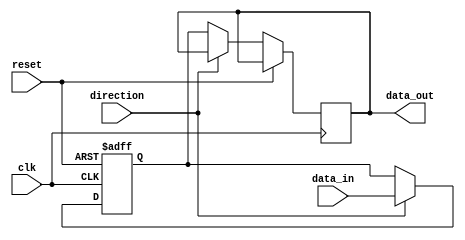
module bidirectional_buffer (
    input wire clk,
    input wire reset,
    input wire direction,
    input wire [7:0] data_in,
    output reg [7:0] data_out
);

reg [7:0] buffer;

always @(posedge clk or posedge reset) begin
    if (reset) begin
        buffer <= 8'b0;
    end else begin
        if (direction) begin
            // Input mode
            buffer <= data_in;
        end else begin
            // Output mode
            data_out <= buffer;
        end
    end
end

endmodule